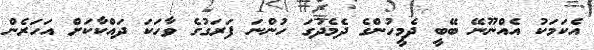
އެކަމަކު އެއްނޫނޭ ބޭބީ ދެމީހުންގެ ދެމެދުގަ ހުންނަ ފަރަގުގެ ވާހަކަ ދައްކާކަށް އަހަރެން